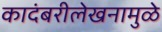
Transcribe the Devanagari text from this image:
कादंबरीलेखनामुळे